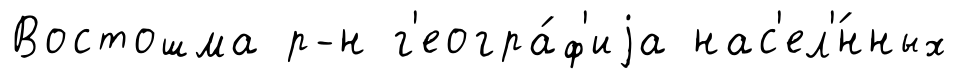
Востошма р-н г'еогра́ф'иjа нас'ел'́нных